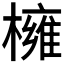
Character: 𭬎